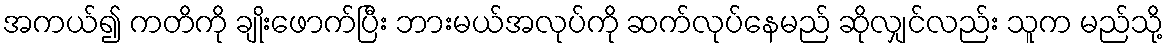
အကယ်၍ ကတိကို ချိုးဖောက်ပြီး ဘားမယ်အလုပ်ကို ဆက်လုပ်နေမည် ဆိုလျှင်လည်း သူက မည်သို့